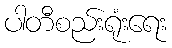
ပါတီစည်းရုံးရေး